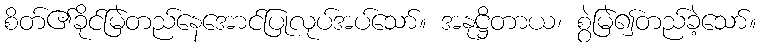
စိတ်၏ခိုင်မြဲတည်နေအောင်ပြုလုပ်အပ်သော်။ အနုဋ္ဌိတာယ၊ စွဲမြဲ၍တည်ခဲ့သော်။